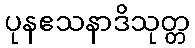
ပုနဧသနာဒိသုတ္တ